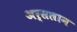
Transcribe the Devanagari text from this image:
अर्सलान